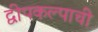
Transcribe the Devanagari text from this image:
द्वीपकल्पाची